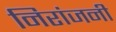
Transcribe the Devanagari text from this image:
निरांजनी